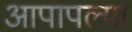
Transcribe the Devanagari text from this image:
आपापल्‍या